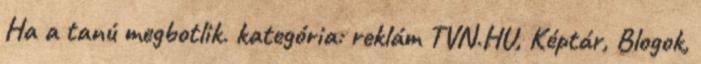
Ha a tanú megbotlik. kategória: reklám TVN.HU, Képtár, Blogok,